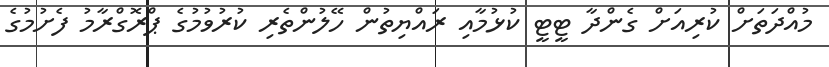
މުއްދަތަށް ކުރިއަށް ގެންދާ ޓީޓީ ކުޅުމާއި ރައްޔިތުން ހޭލުންތެރި ކުރުވުމުގެ ޕްރޮގްރާމު ފެށުމުގެ